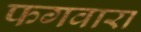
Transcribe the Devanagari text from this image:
फगवारा